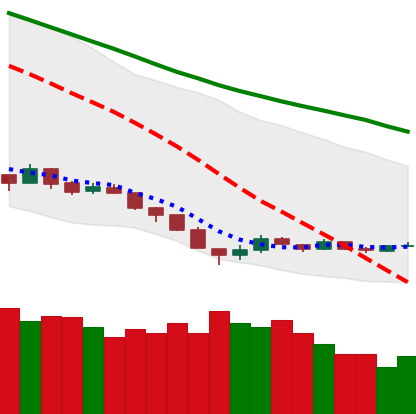
Ticker: EOS-USD
Chart end date: 2018-12-16
Forward return: 36.818%
Label: up_7plus